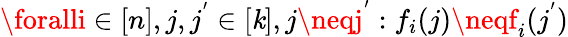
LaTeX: \foralli\in[n],j,j^{'}\in[\mathit{k}],j\neqj^{'}:f_{i}(j)\neqf_{i}(j^{'})